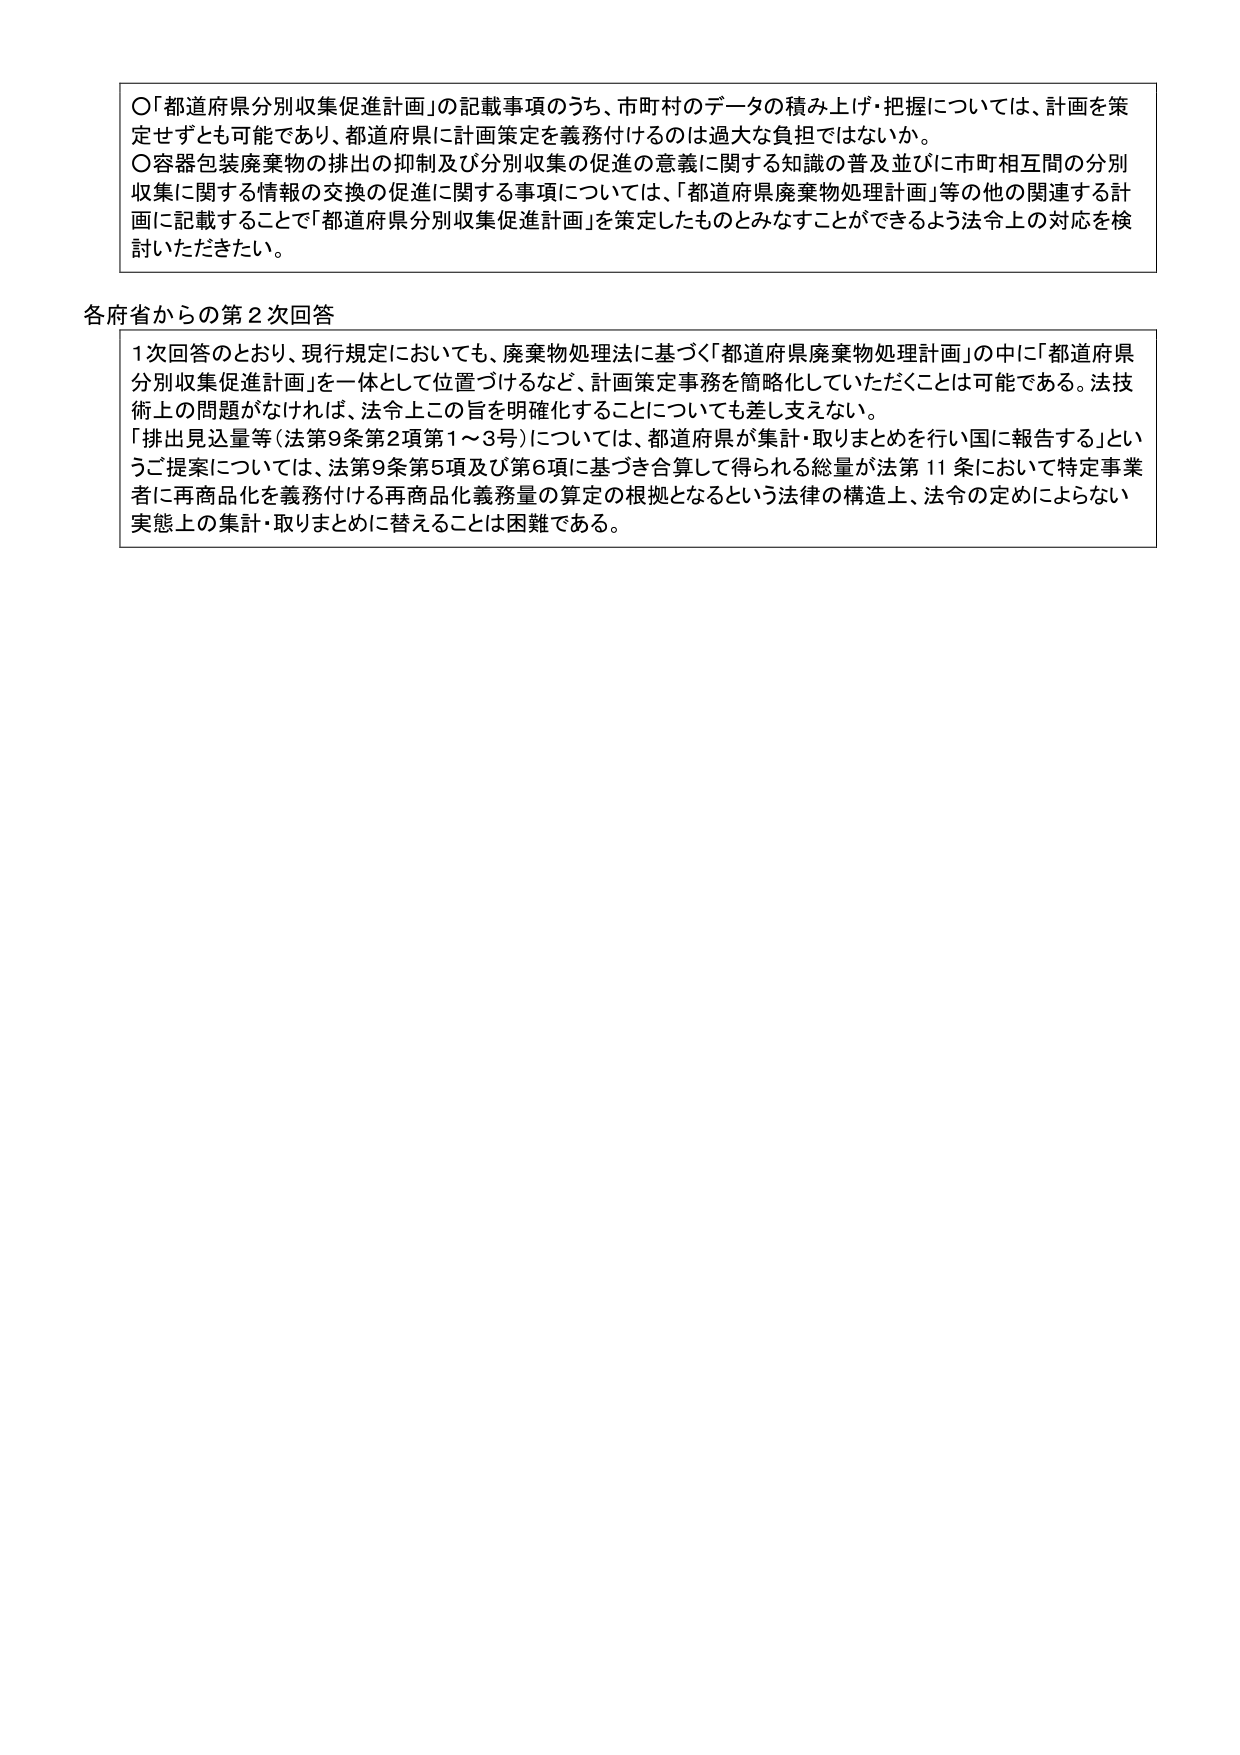
〇「都道府県分別収集促進計画」の記載事項のうち、市町村のデータの積み上げ・把握については、計画を策定せずとも可能であり、都道府県に計画策定を義務付けるのは過大な負担ではないか。
〇容器包装廃棄物の排出の抑制及び分別収集の促進の意義に関する知識の普及並びに市町相互間の分別収集に関する情報の交換の促進に関する事項については、「都道府県廃棄物処理計画」等の他の関連する計画に記載することで「都道府県分別収集促進計画」を策定したものとみなすことができるよう法令上の対応を検討いただきたい。

各府省からの第２次回答
１回回答のとおり、現行規定においても、廃棄物処理法に基づく「都道府県廃棄物処理計画」の中に「都道府県分別収集促進計画」を一体として位置づけるなど、計画策定事務を簡略化していただくことは可能である。法技術上の問題がなければ、法令上この旨を明確化することについても差し支えない。
「排出見込量等（法第９条第２項第１～３号）については、都道府県が集計・取りまとめを行い国に報告する」というご提案については、法第９条第５項及び第６項に基づき合算して得られる総量が法第11条において特定事業者に再商品化を義務付ける再商品化義務量の算定の根拠となるという法律の構造上、法令の定めによらない実態上の集計・取りまとめに替えることは困難である。